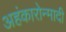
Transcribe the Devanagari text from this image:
अहंकारोन्मादी